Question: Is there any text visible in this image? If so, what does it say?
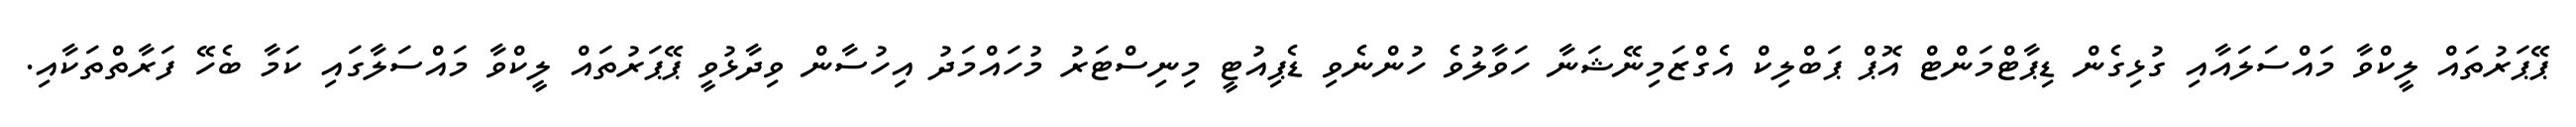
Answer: ޕޭޕަރުތައް ލީކްވާ މައްސަލައާއި ގުޅިގެން ޑިޕާޓްމަންޓް އޮޕް ޕަބްލިކް އެގްޒަމިނޭޝަނާ ހަވާލުވެ ހުންނެވި ޑެޕިއުޓީ މިނިސްޓަރު މުހައްމަދު އިހުސާން ވިދާޅުވީ ޕޭޕަރުތައް ލީކްވާ މައްސަލާގައި ކަމާ ބެހޭ ފަރާތްތަކާއި.